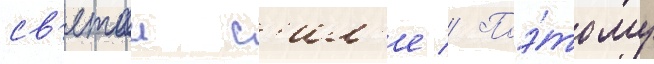
св'ятои с'ил'е // Поэ́тому